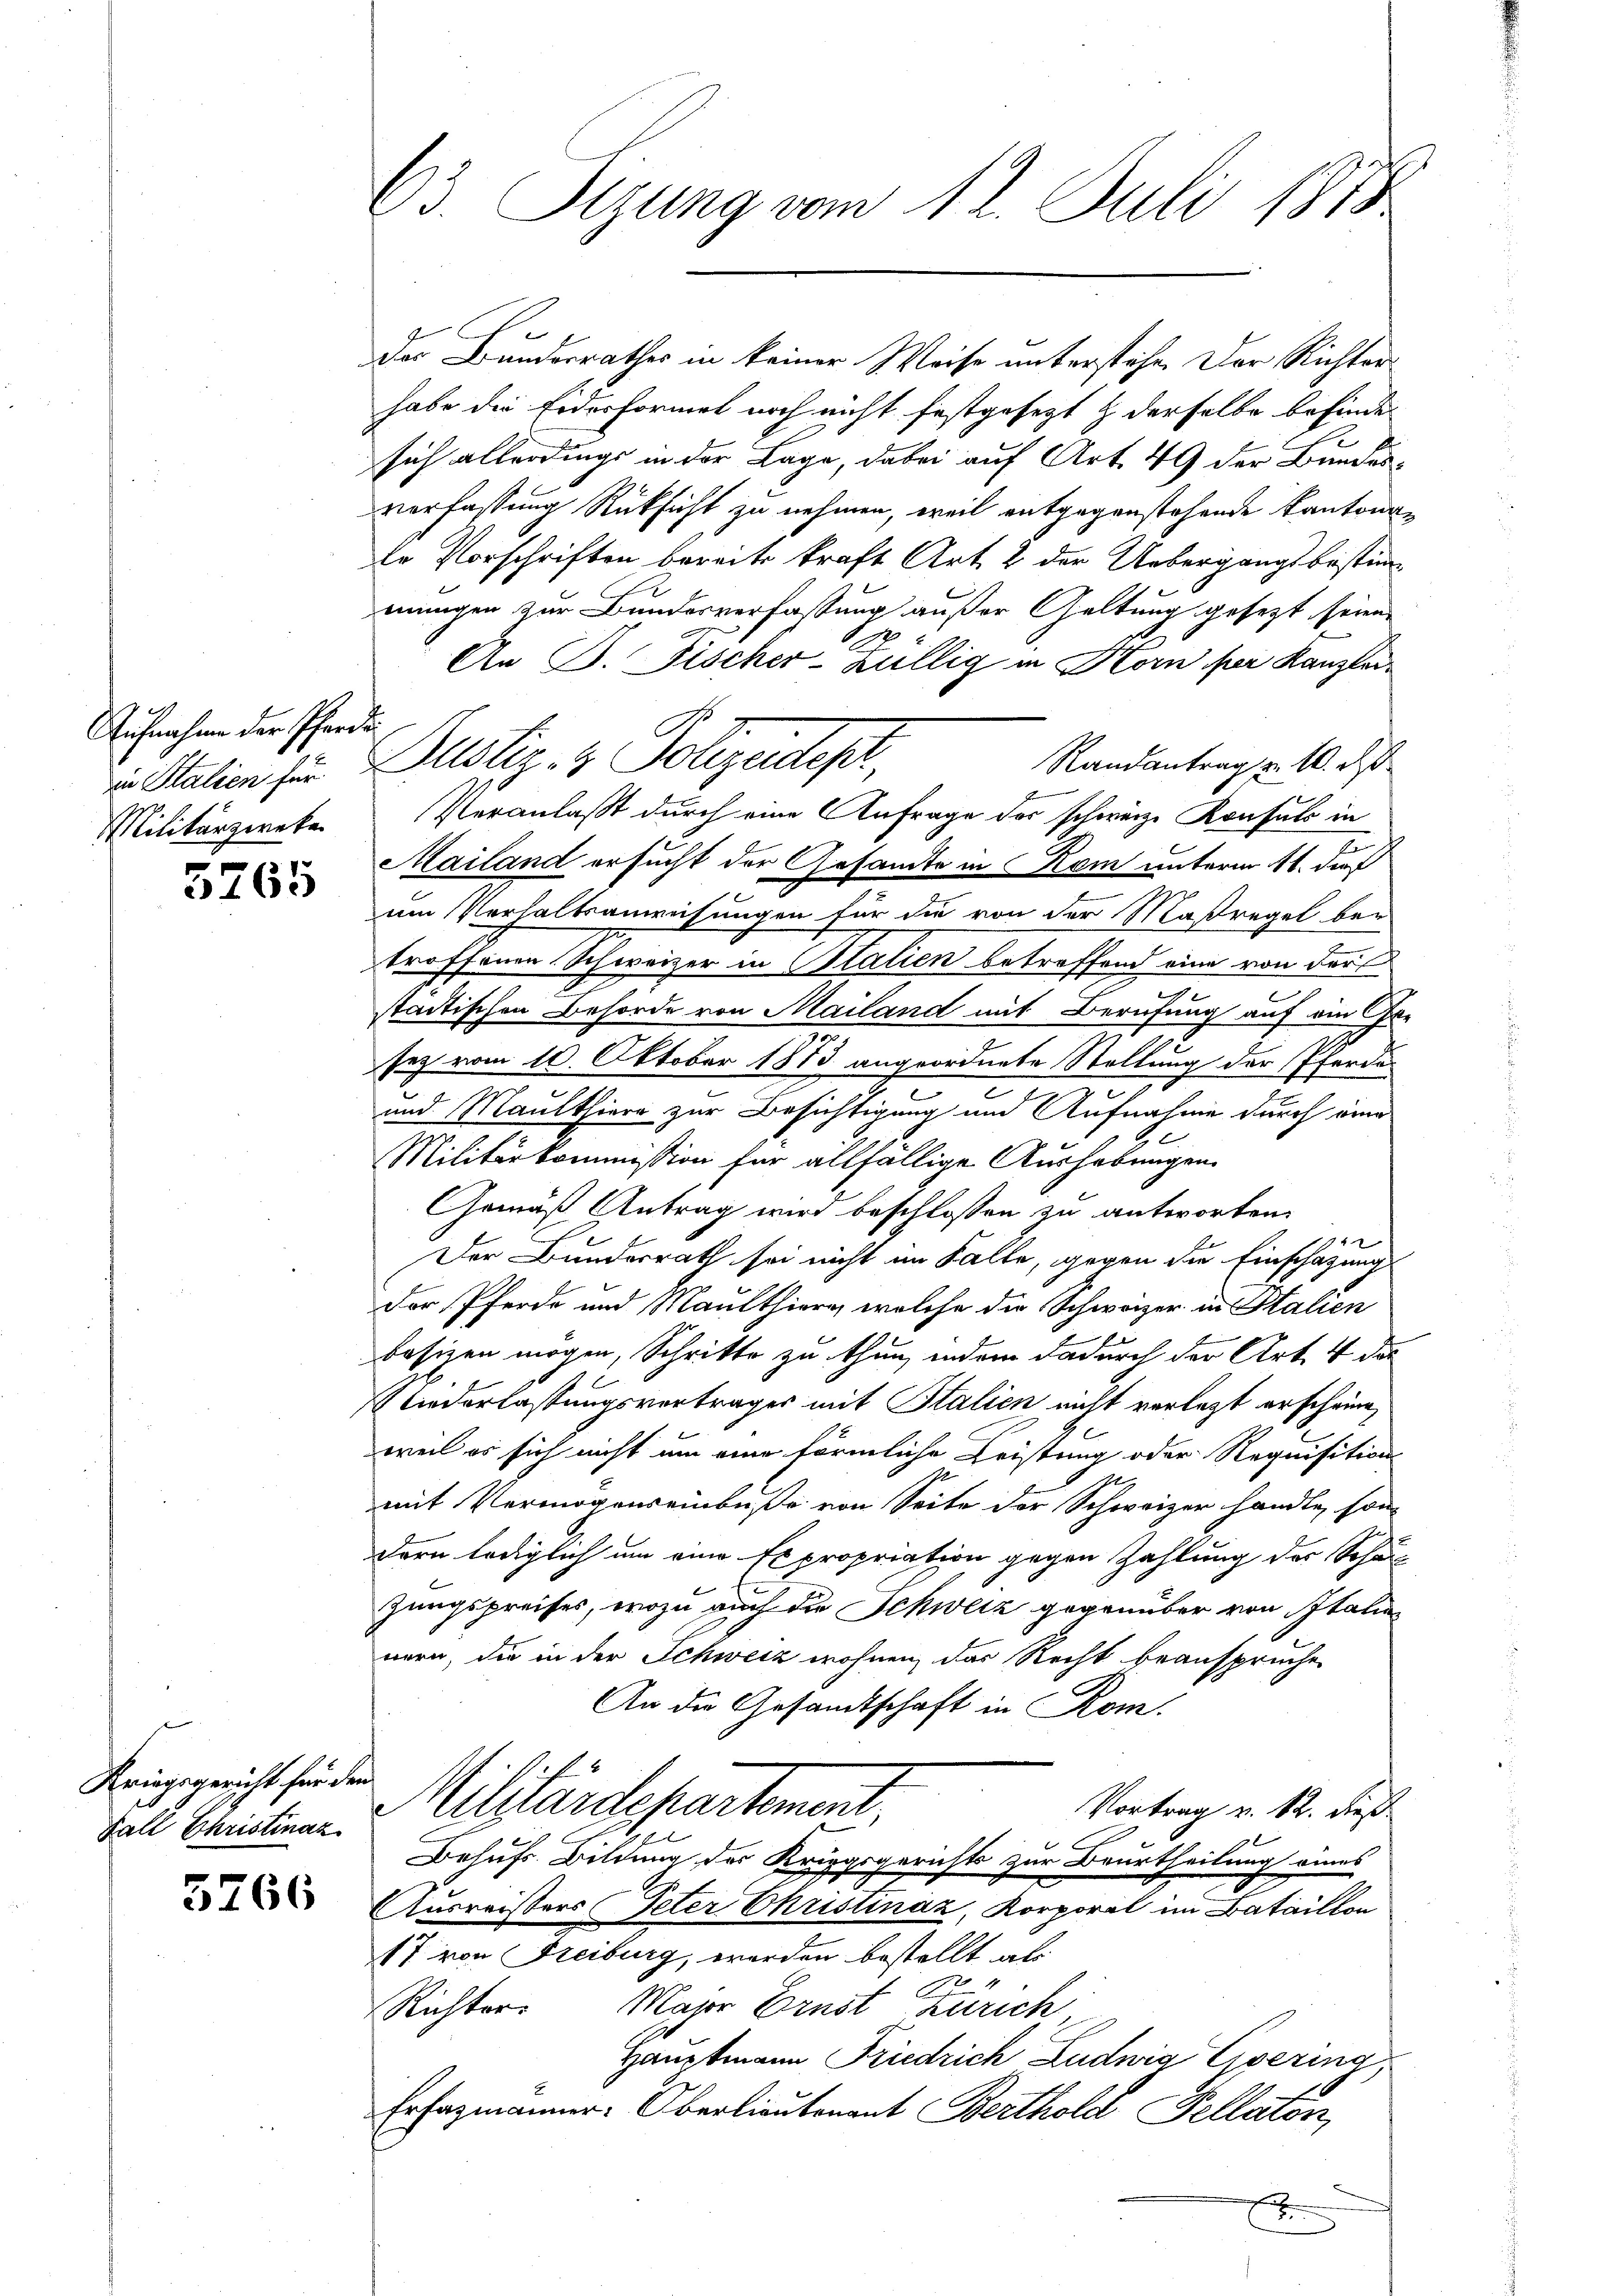
Aufnahme der Pferde.
Militärzweke

5765

Kriegsgericht für den
Fall Christinaz

5766

63. Tizung vom 12. Juli 1818

Das Bundesrathes in keiner Weise unterstehe. Der Richterhabe die Eidesformel noch nicht festgesetzt & derselbe befinden
sich allerdings in der Lage, dabei auf Art. 49 der Bundesverfassung Rüksicht zu nehmen, weil entgegenstehende Kantonale Vorschriften bereits kraft Art. 2 der Uebergangsbestimmmungen zur Bundesverfassung außer Geltung gesezt seien.
A
An B. Fischer-Lullig in Horn per Kanzlei
Randantrag u. 10. ds
Mailand ersucht der Gesamte in Kem unterm 11. durf
um Verhaltsanweisungen für die von der Maßregel betroffenen Schweizer in Stalien betreffend eine von der
städtischen Behörde von Mailand mit Berufung auf ein Ge-
sez vom 10. Oktober 1873 angeordnete Stellung der Pferde
und Maulthiere zur Besichtigung und Aufnahme durch eine
e
Militärkommission für allfällige Aushebungen
Gemäß Antrag wird beschlossen zu antworten.
94
Der Bundesrath sei nicht im Falle, gegen die Einschatzung
Der Pferde und Maulthiern, welche die Schwarzer in Italien
basizen mögen, Schritte zu thun, indem dadurch der Art. 4 da
Wiederlassungsvertrages mit Italien nicht verletzt erscheine
weil es sich nicht um eine förmliche Leistung oder Requisitions-
mit Vermögenseinbuße von Seite der Schweizer handle, son
dern lediglich um eine Er propriation gegen Zahlung der Schau-
zungspreises, wozu auch die Schweiz gegenüber von Italie
nern, die in der Schweiz wohnen, das Recht beanspruche
An die Gesamtschaft in Rom.
Militärdepartement,
Vortrag v. 12. dieß
Behufs Bildung des Kriegsgerichts zur Beurtheilung eines
Ausreisers Peter Christinaz, Korporal im Bataillon
17 von Freiburg, werden bestellt als
2
Richter. Major Ernst zurich
Hauptmann Friedrich Ludwig Livering
Ersatzmänner-Oberlieutenant Berthold Fellaten,
.

v. Station zu lotiz & Polizeitepr

Veranlaßt durch eine Anfrage des schweize Konsuls in